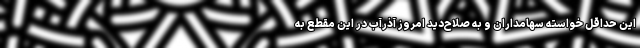
این حداقل خواسته سهامداران و به صلاح‌دید امروز آذرآب در این مقطع به